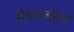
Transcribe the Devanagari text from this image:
हेगमधील